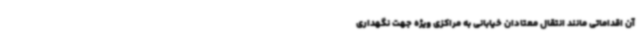
آن اقداماتی مانند انتقال معتادان خیابانی به مراکزی ویژه جهت نگهداری